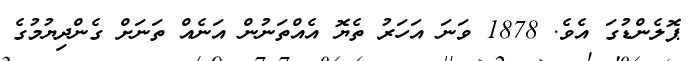
ޕޮލެންޑުގަ އެވެ. 1878 ވަނަ އަހަރު ތެޔޮ އެއްތަނުން އަނެއް ތަނަށް ގެންދިޔުމުގެ